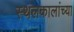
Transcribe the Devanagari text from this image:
स्थलकालांच्या